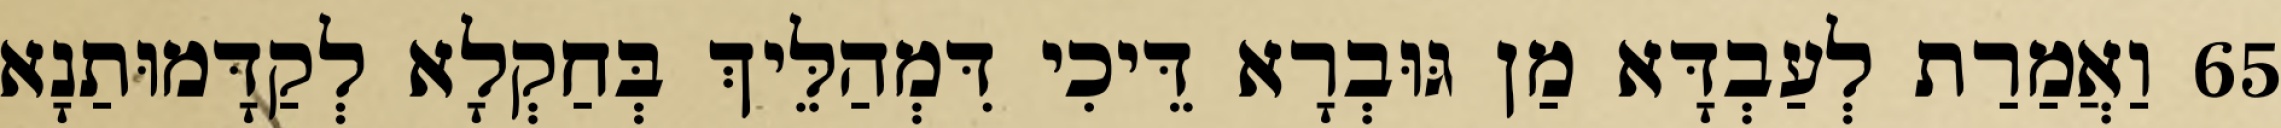
65 וַאֲמַרַת לְעַבְדָּא מַן גּוּבְרָא דֵּיכִי דִּמְהַלֵּיךְ בְּחַקְלָא לְקַדָּמוּתַנָא